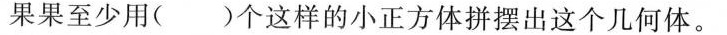
果果至少用( )个这样的小正方体拼摆出这个几何体。